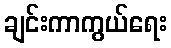
ချင်းကာကွယ်ရေး